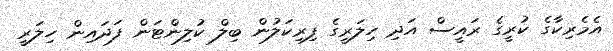
އެމެރިކާގެ ކުރީގެ ރައީސް އަދި ހިލަރީގެ ފިރިކަލުން ބިލް ކުލިންޓަން ފަދައިން ހިލަރީ